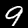
Digit: 9